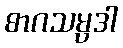
စာဂသမ္ပဒါ